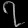
Digit: ၇